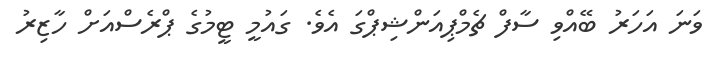
ވަނަ އަހަރު ބޭއްވި ސާފް ޗެމްޕިއަންޝިޕްގަ އެވެ. ގައުމީ ޓީމުގެ ޕްރެސްއަށް ހާޒިރު